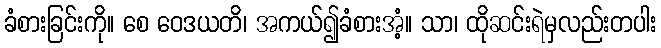
ခံစားခြင်းကို။ စေ ဝေဒယတိ၊ အကယ်၍ခံစားအံ့။ သာ၊ ထိုဆင်းရဲမှလည်းတပါး